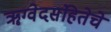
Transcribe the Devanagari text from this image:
ॠग्वेदसंहितेचे